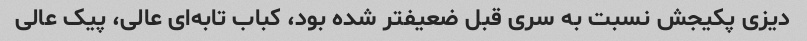
دیزی پکیجش نسبت به سری قبل ضعیفتر شده بود، کباب تابه‌ای عالی، پیک عالی